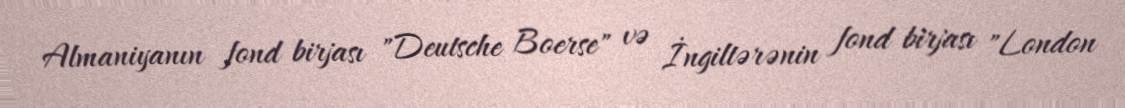
Almaniyanın fond birjası "Deutsche Boerse" və İngiltərənin fond birjası "London